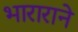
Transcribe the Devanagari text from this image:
भाराराने